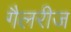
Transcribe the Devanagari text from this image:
गैलरीज